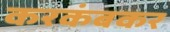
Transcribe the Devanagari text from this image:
करकंबकर